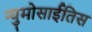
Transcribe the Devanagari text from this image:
न्युमोसाईतिस